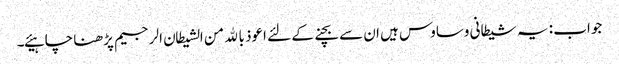
جواب : یہ شیطانی وساوس ہیں ان سے بچنے کے لئے اعوذ بالله من الشیطان الرجیم پڑھنا چاہیئے۔